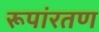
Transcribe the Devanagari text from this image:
रूपांरतण